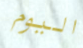
اليوم